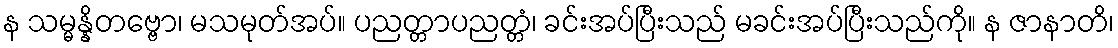
န သမ္မန္နိတဗ္ဗော၊ မသမုတ်အပ်။ ပညတ္တာပညတ္တံ၊ ခင်းအပ်ပြီးသည် မခင်းအပ်ပြီးသည်ကို။ န ဇာနာတိ၊